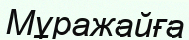
Мұражайға